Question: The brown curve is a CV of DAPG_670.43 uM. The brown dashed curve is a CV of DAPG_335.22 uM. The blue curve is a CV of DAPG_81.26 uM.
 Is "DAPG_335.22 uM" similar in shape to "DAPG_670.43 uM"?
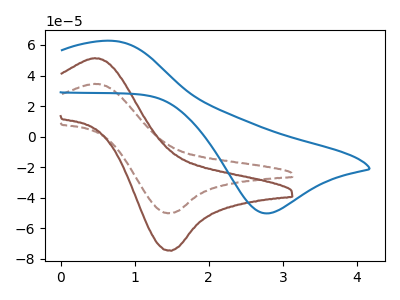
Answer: <think>The brown curve "DAPG_670.43 uM" has an anodic peak at (0.45V, 51.35uA) and a cathodic peak at (1.50V, -74.75uA). The brown dashed curve "DAPG_335.22 uM" has an anodic peak at (0.45V, 34.55uA) and a cathodic peak at (1.50V, -50.25uA). The blue curve "DAPG_81.26 uM" has an anodic peak at (0.70V, 62.75uA) and a cathodic peak at (2.75V, -50.25uA).
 All the peaks in "DAPG_335.22 uM" have a peak in "DAPG_670.43 uM" at the same potential. Every peak in "DAPG_335.22 uM" is lower than every peak in "DAPG_670.43 uM".</think>
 <answer>"DAPG_335.22 uM" and "DAPG_670.43 uM" are similar in shape.</answer>
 <eval>same_shape</eval>